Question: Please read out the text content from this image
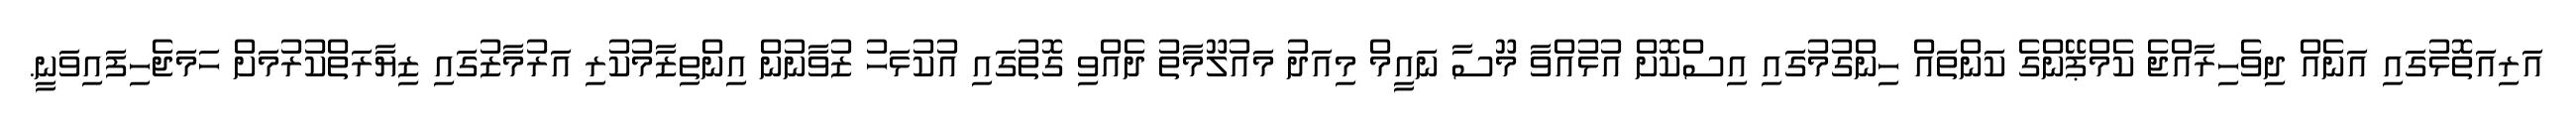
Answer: އަރިއަތޮޅުގައި އަނެއް ދިވެހިރާއްޖެ ކެމްޕޭންގެ ކަންތައް ހިންގުމުގައި އިސްކޮށް އުޅުއްވާ މޫސާ ނައީމް މިއަދު މައުލޫމާތު ދެއްވި ގޮތުގައި އުކުޅަހު ޒުވާނުން އިންތިޒާމުކުރި އަރުމާޒުގައި ޒިޔާރަތްކުރުމަށް ހަމަޖެހިފައިވަނީ.